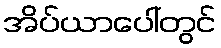
အိပ်ယာပေါ်တွင်